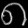
Digit: ၈